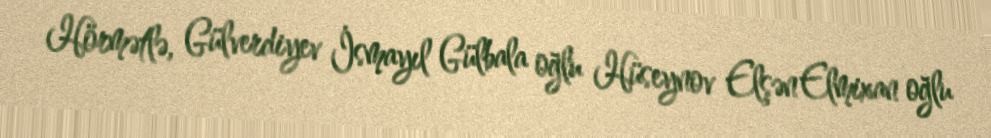
Hörmətlə, Gülverdiyev İsmayıl Gülbala oğlu Hüseynov Elşən Elmixan oğlu